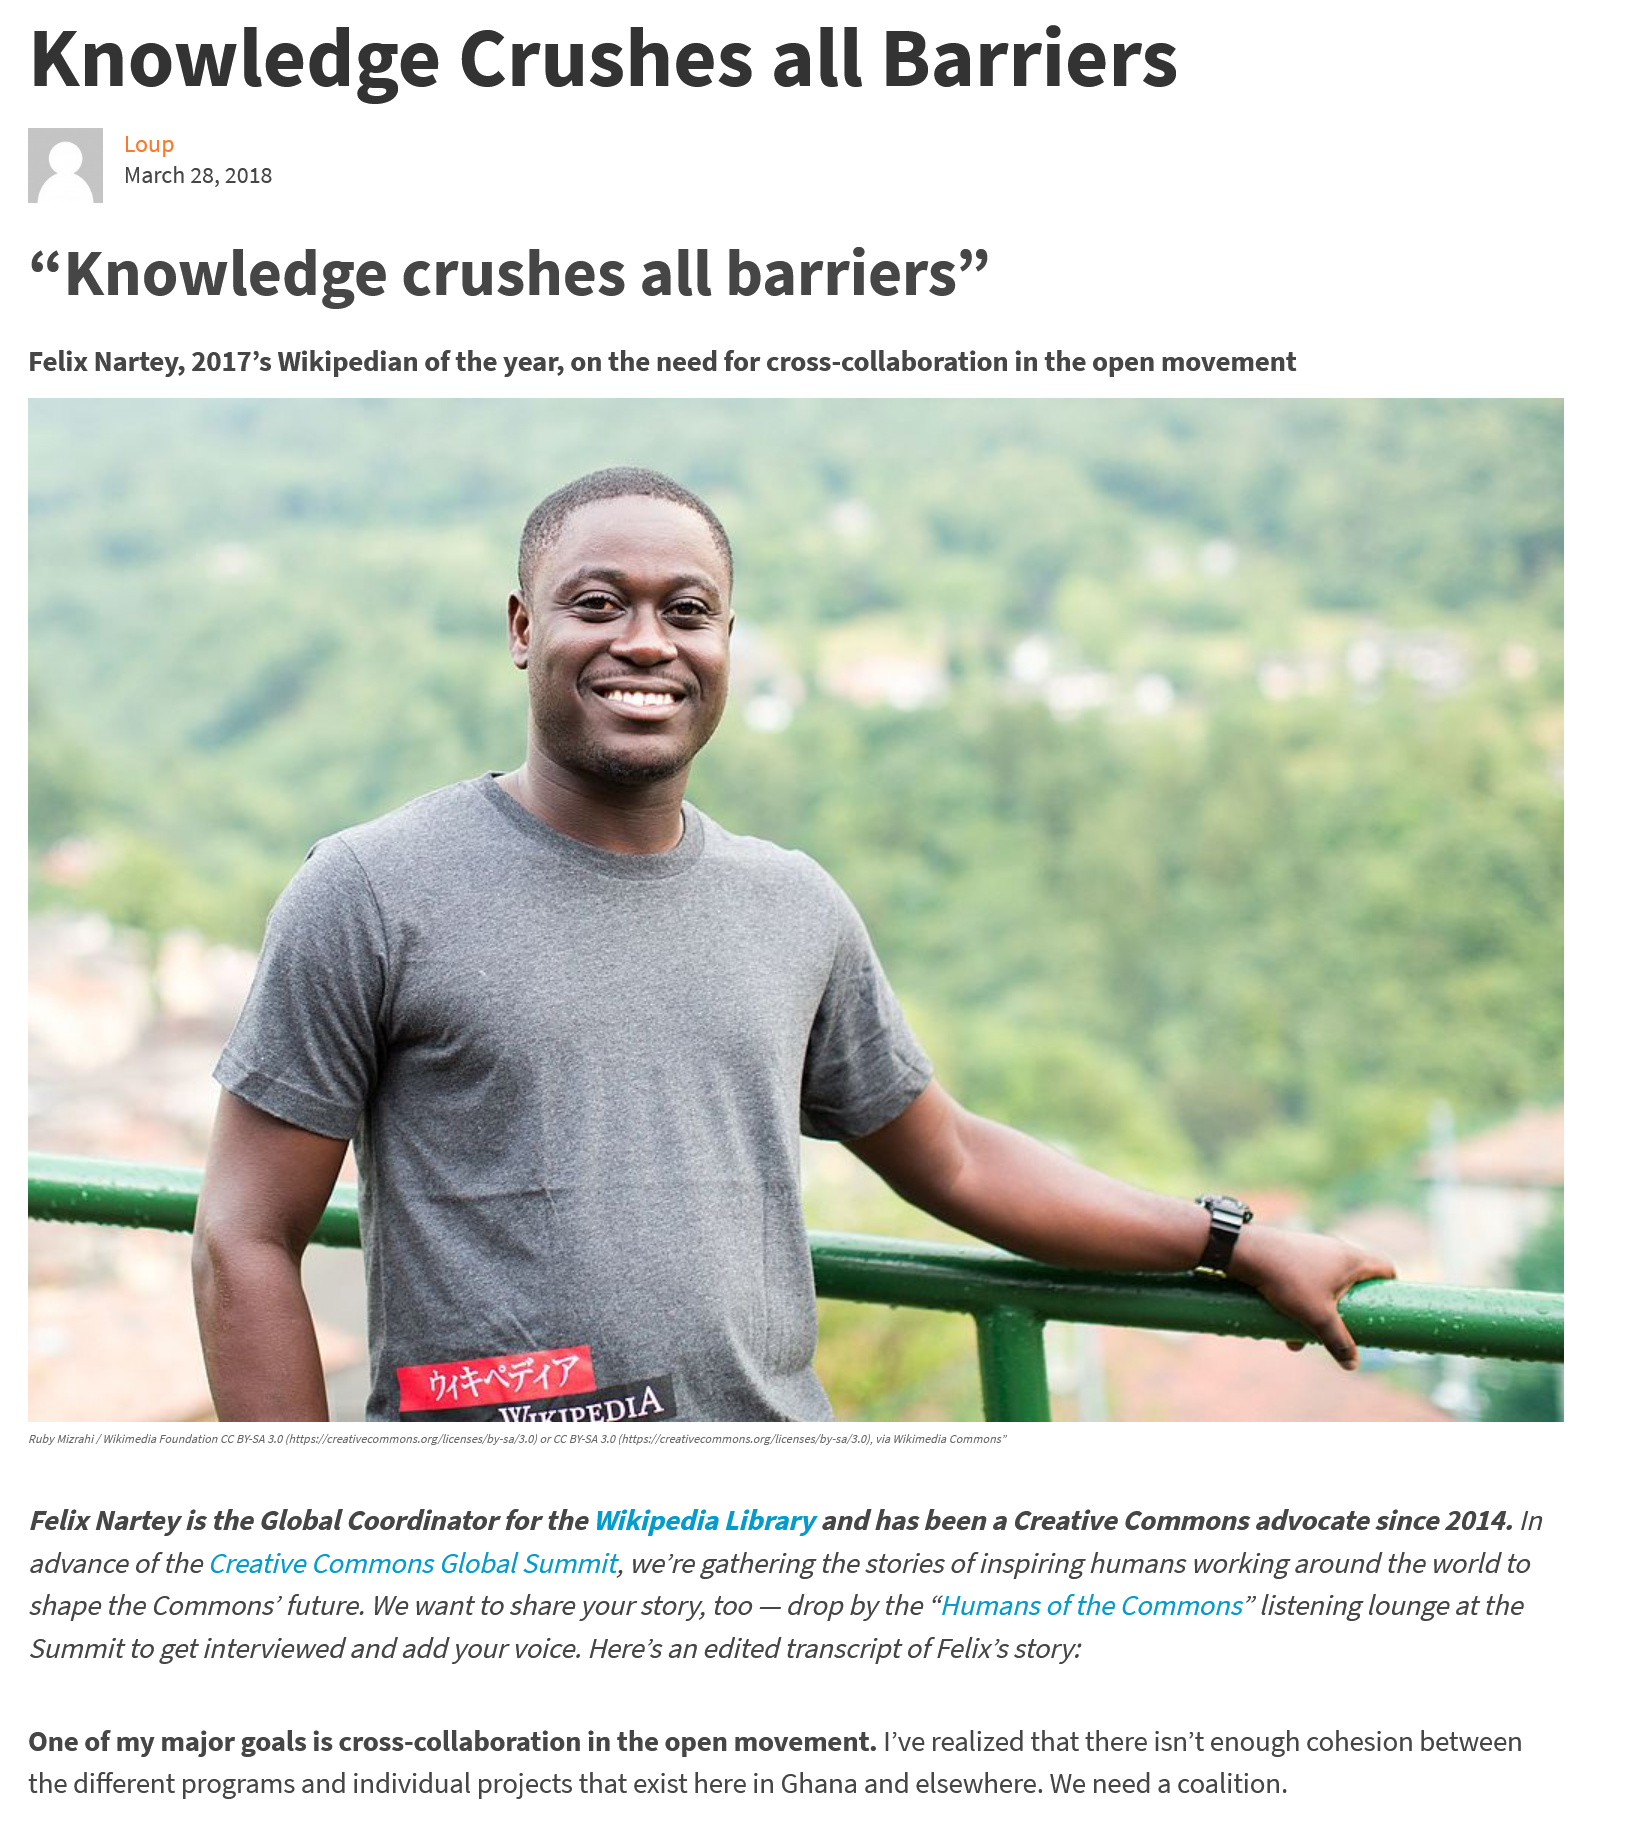
Knowledge    Crushes    all    Barriers
     Felix    Nartey,    2017’s    Wikipedian    of    the    year,    on    the    need    for    cross-collaboration    in   the    open    movement
     “Knowledge    crushes    all    barriers”
     Ruby Mizrahi / Wikimedia Foundation CC BY-SA 3.0 (https://creativecommons.org/licenses/by-sa/3.0) or CC BY-SA 3.0 (https://creativecommons.org/licenses/by-sa/3.0), via Wikimedia Commons”
     Felix    Nartey    is   the    Global    Coordinator    for    the    Wikipedia    Library    and    has    been    a   Creative    Commons    advocate    since    2014.    In
     advance    of    the    Creative    Commons    Global    Summit,    we’re    gathering    the    stories    of   inspiring    humans    working    around    the    world    to
     shape    the    Commons’    future.    We    want    to    share    your    story,    too
     —   drop    by    the    “Humans    of   the    Commons”    listening    lounge    at    the
     Summit    to    get   interviewed    and    add    your    voice.    Here’s    an    edited    transcript    of    Felix’s    story:
     One   of    my    major    goals    is    cross-collaboration    in   the    open    movement.    |’ve    realized    that    there    isn’t    enough    cohesion    between
     the    different    programs    and  individual    projects    that    exist    here    in  Ghana    and    elsewhere.    We    need   a    coalition.
     Loup
     hae
     March    28,   2018